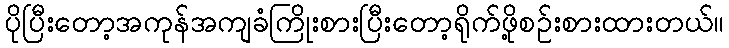
ပိုပြီးတော့အကုန်အကျခံကြိုးစားပြီးတော့ရိုက်ဖို့စဉ်းစားထားတယ်။